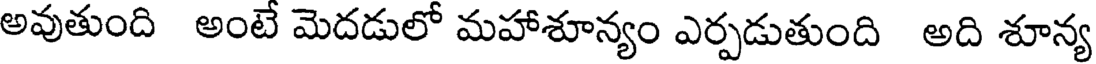
అవుతుంది అంటే మెదడులో మహాశూన్యం ఎర్పడుతుంది అది శూన్య